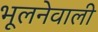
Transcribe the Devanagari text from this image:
भूलनेवाली